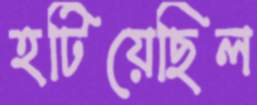
হটিয়েছিল